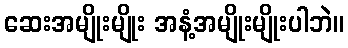
ဆေးအမျိုးမျိုး အနံ့အမျိုးမျိုးပါဘဲ။